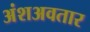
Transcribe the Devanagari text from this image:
अंशअवतार